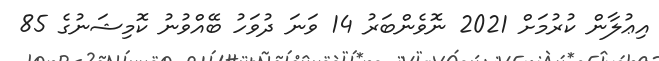
އިޢުލާން ކުރުމަށް 2021 ނޮވެންބަރު 14 ވަނަ ދުވަހު ބޭއްވުނު ކޮމިޝަނުގެ 85